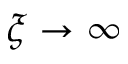
\xi \rightarrow \infty